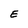
Character: E